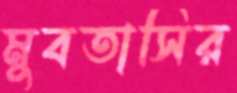
মুবতাসির